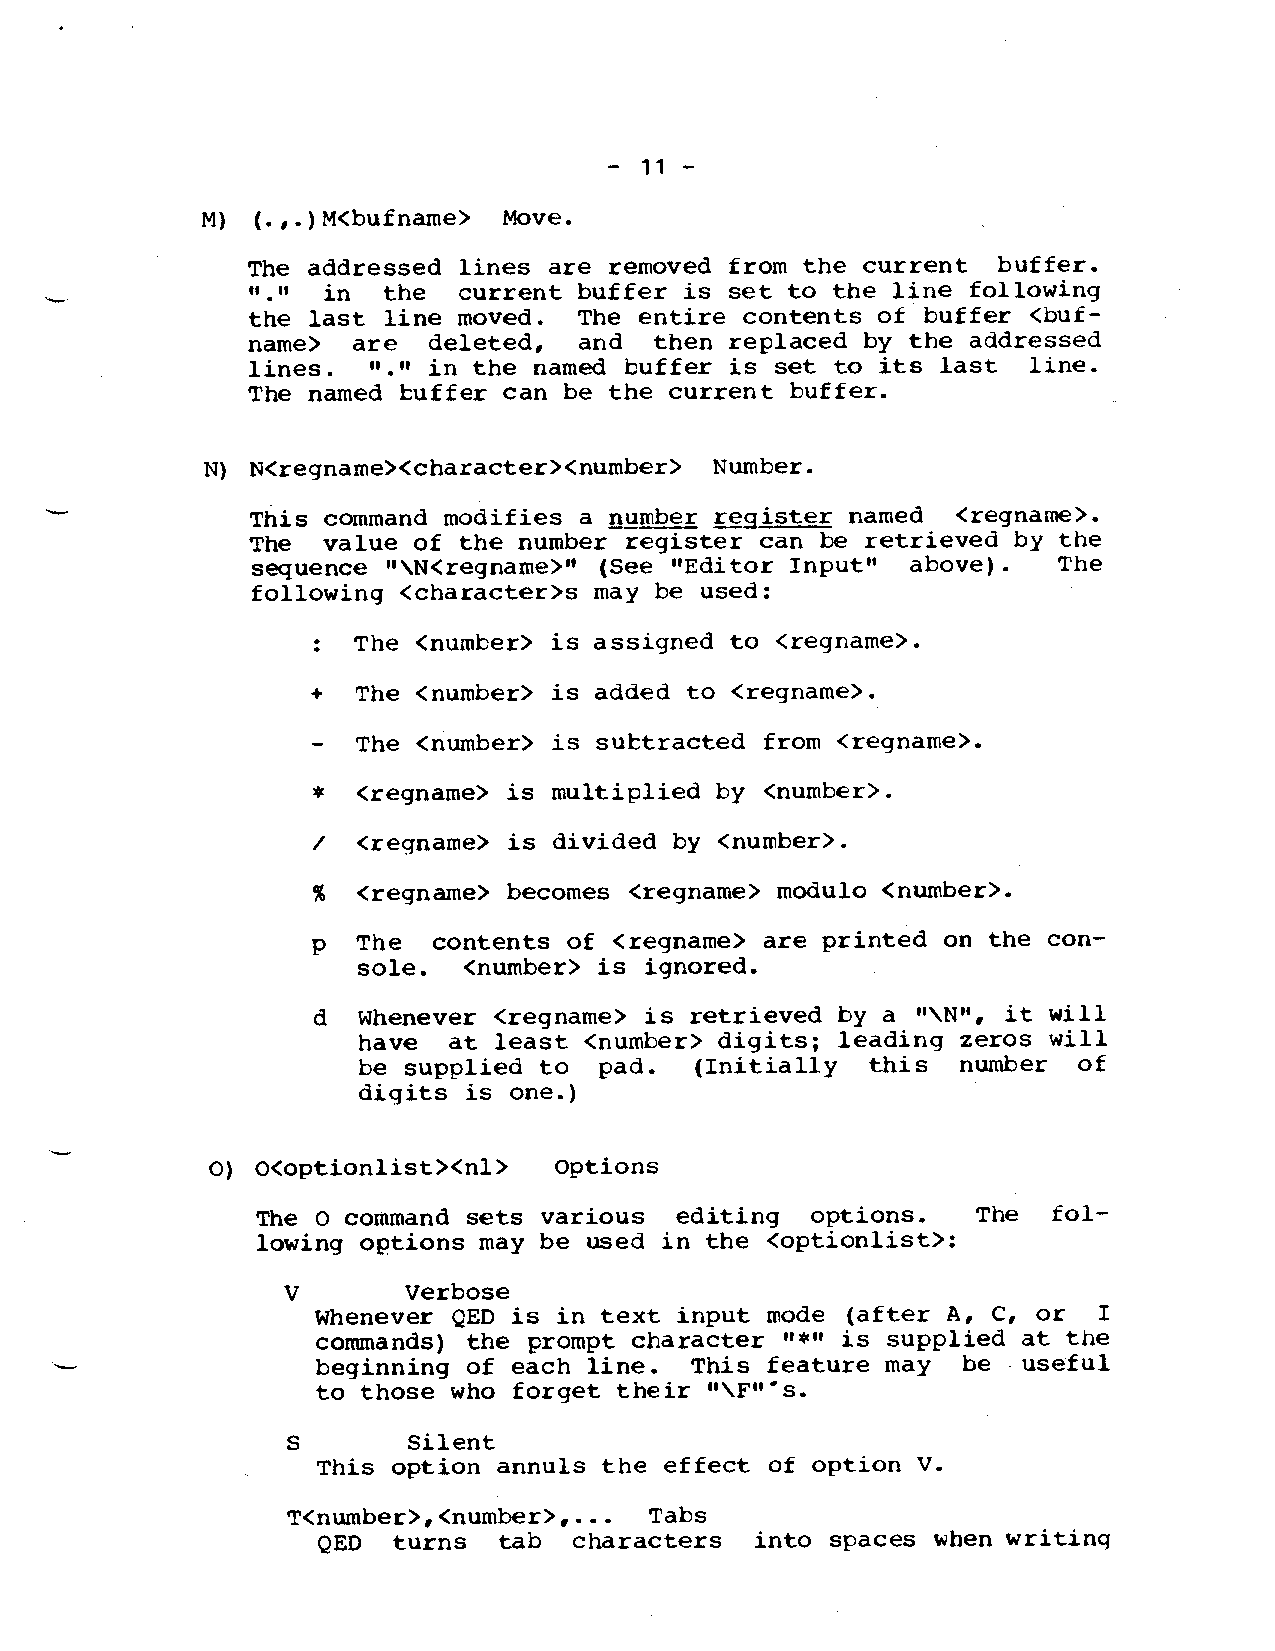
-11-
 M)  (.,.)M<bufname> Move.
 The addressed lines are removed from the current  buffer.
 -             Cl .II in the current buffer is set to the line following
 the last line moved.  The entire contents of buffer <buf-
 name>  are  deleted,  and  then replaced by the addressed
 lines.   “.” in the named buffer is set to its last line.
 The named kuffer can be the current buffer.
 N) N<regname><character><number> Number.
 This command modifies a -n—u—mber .register named <regname>.
 The value of the number register can be retrieved by the
 sequence “\N<regname>” (See “Editor Input” above).   The
 following <characters may be used:
 . . The <number> is assigned to <regname>.
 +  The <number> is added to <regname>.
 The <number> is subtracted from <regname>.
 *  <regname> is multiplied by <number>.
 /  <regname> is divided by <number>.
 %  <regname> becomes <regname> modulo <number>.
 p  The  contents of <regname> are printed on the con-
 sole.  <number> is ignored.
 d  Whenever <regname> is retrieved by a “\N”, it will
 have  at least <number> digits; leading zeros will
 be supplied to  pad.  (Initially  thlS  number of
 digits is one.)
 O) O<optionlist><nl>   Options
 The O command sets various  editing  options.   The  fol-
 lowing options may be used in the <optionlist>:
 v       Verbose
 Whenever QED is in text input mode (after At C, or  I
 commands) the prompt character “*” is supplied at the
 beginning of each line.  This feature may  be useful
 to those who forget their “\F’’”s.
 s       Silent
 This option annuls the effect of option V.
 T<number>,<number>, ... Tabs
 QED  turns  tab  characters  into spaces when writinq